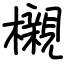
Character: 櫬